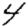
Digit: 4